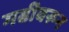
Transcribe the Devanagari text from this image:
गढीवरून